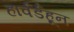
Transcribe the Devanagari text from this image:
हार्वर्डहून